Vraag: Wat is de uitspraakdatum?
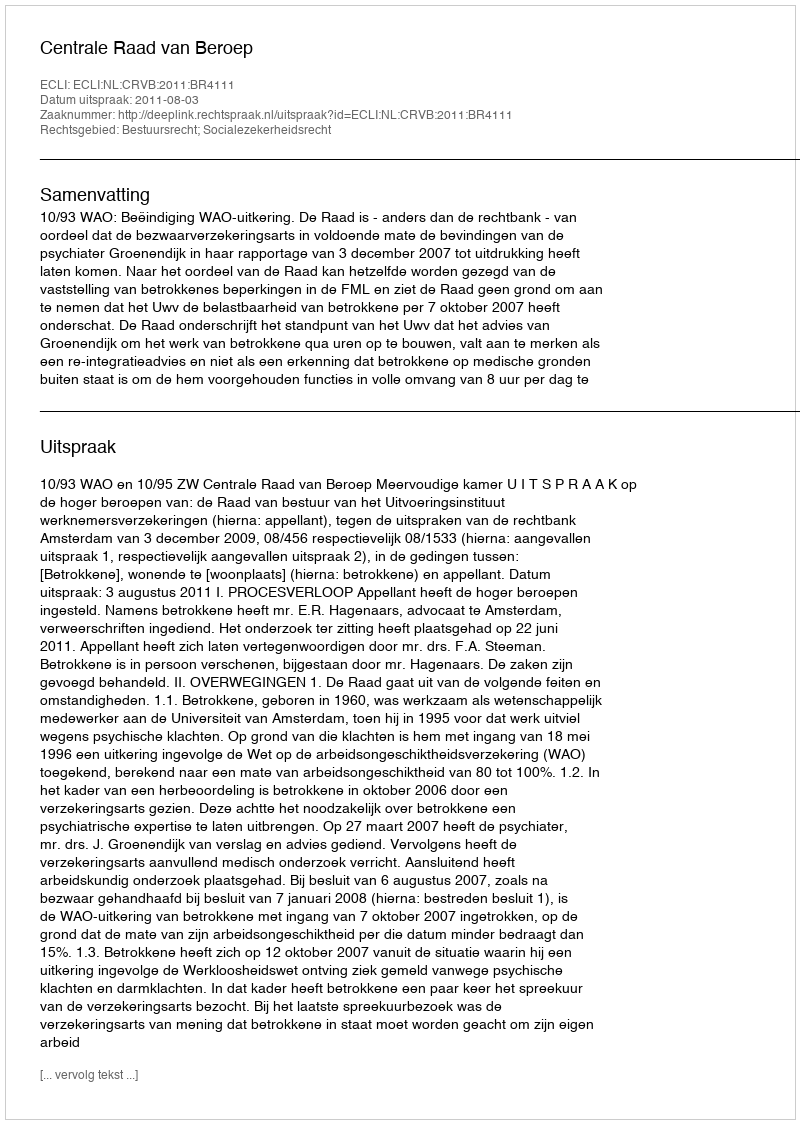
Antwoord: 2011-08-03